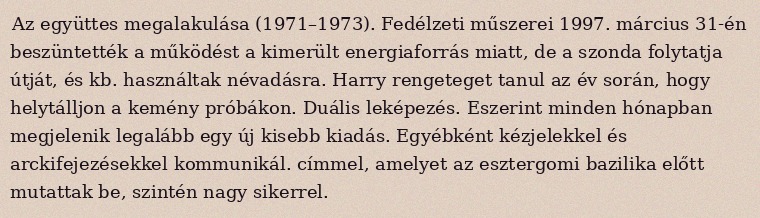
Az együttes megalakulása (1971–1973). Fedélzeti műszerei 1997. március 31-én beszüntették a működést a kimerült energiaforrás miatt, de a szonda folytatja útját, és kb. használtak névadásra. Harry rengeteget tanul az év során, hogy helytálljon a kemény próbákon. Duális leképezés. Eszerint minden hónapban megjelenik legalább egy új kisebb kiadás. Egyébként kézjelekkel és arckifejezésekkel kommunikál. címmel, amelyet az esztergomi bazilika előtt mutattak be, szintén nagy sikerrel.